Civil Veterinary Dept. Bombay admin report 1900-1906 - 1900-1906
Year: 1900
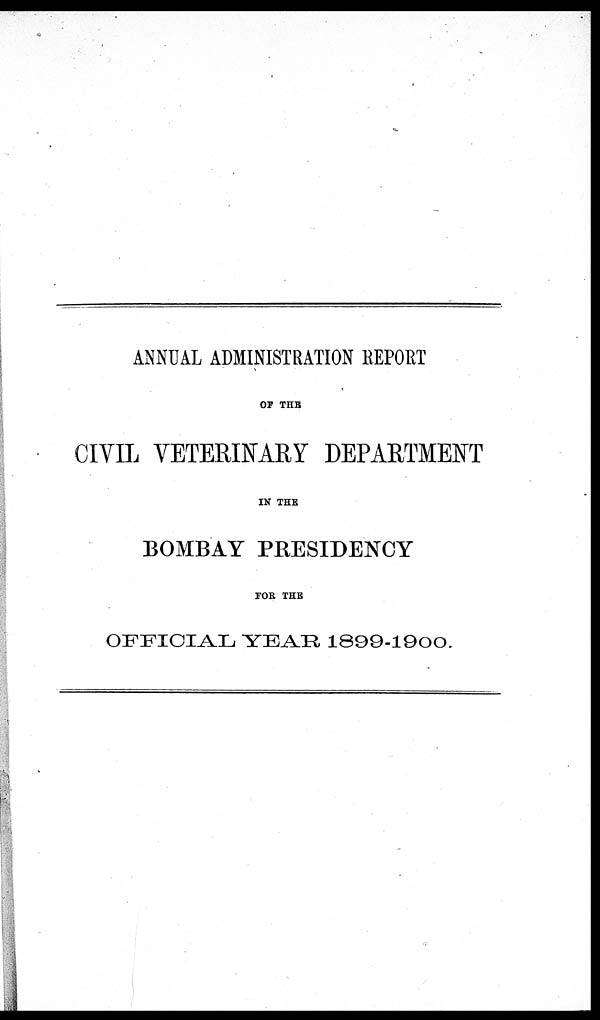
ANNUAL ADMINISTRATION REPORT
OF THE
CIVIL VETERINARY DEPARTMENT
IN THE
BOMBAY PRESIDENCY
FOR THE
OFFICIAL YEAR 1899-1900.